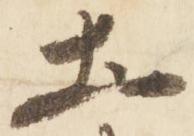
土